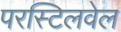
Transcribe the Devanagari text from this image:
परस्टिलवेल